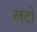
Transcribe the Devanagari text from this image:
लटों